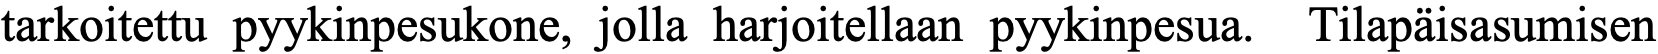
tarkoitettu pyykinpesukone, jolla harjoitellaan pyykinpesua. Tilapäisasumisen